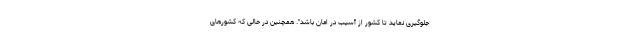
جلوگیری نماید تا کشور از آسیب در امان باشد". همچنین در حالی که کشورهای